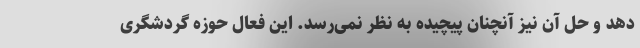
­دهد و حل آن نیز آنچنان پیچیده به نظر نمی­رسد. این فعال حوزه گردشگری